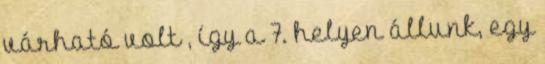
várható volt , így a 7. helyen állunk, egy